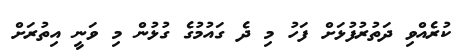
ކުރެއްވި ދަތުރުފުޅަށް ފަހު މި ދެ ގައުމުގެ ގުޅުން މި ވަނީ އިތުރަށް